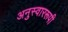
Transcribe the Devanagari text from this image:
अनुस्वाररूपी